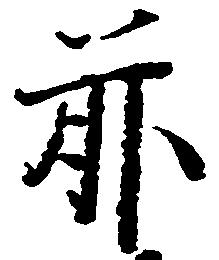
前